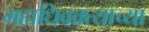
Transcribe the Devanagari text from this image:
महाधिवक्त्याच्या